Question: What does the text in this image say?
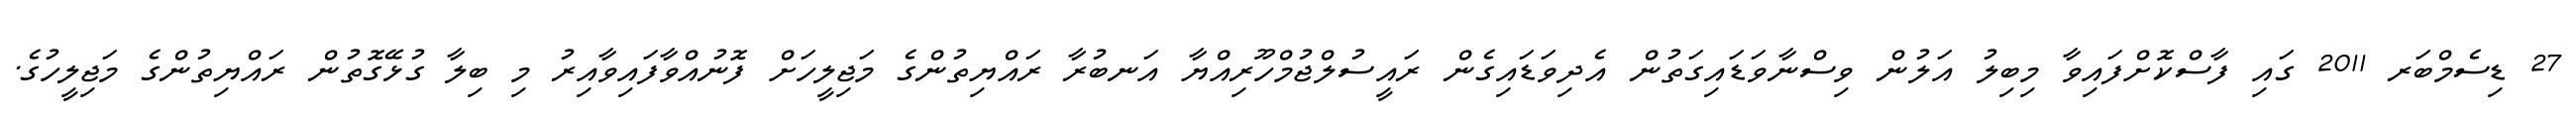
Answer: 27 ޑިސެމްބަރ 2011 ގައި ފާސްކޮށްފައިވާ މިބިލު އަލުން ވިސްނާވަޑައިގަތުން އެދިވަޑައިގެން ރައީސުލްޖުމްހޫރިއްޔާ އަނބުރާ ރައްޔިތުންގެ މަޖިލީހަށް ފޮނުއްވާފައިވާއިރު މި ބިލާ ގުޅޭގޮތުން ރައްޔިތުންގެ މަޖިލީހުގެ.